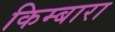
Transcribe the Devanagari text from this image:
किम्बारा